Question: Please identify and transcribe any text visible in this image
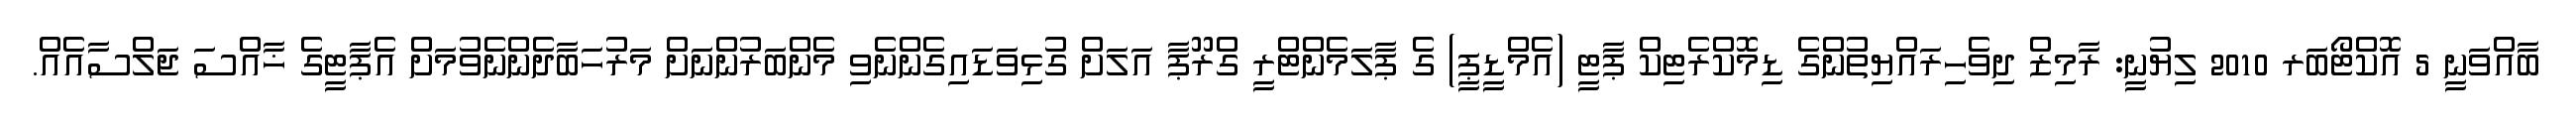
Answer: ބާއްވަނީ 5 އޮކްޓޯބަރ 2010 ލިޔުނީ: ރާމިޒް ދިވެހިރައްޔިތުންގެ ޑިމޮކްރެޓިކް ޕާޓީ (އެމްޑީޕީ) ގެ ޕާލަމެންޓްރީ ގްރޫޕާ އަލަށް ގުޅިވަޑައިގެންނެވި މެންބަރުންނަށް މަރުހަބާދެންނެވުމަށް އެޕާޓީގެ ޚާއްސަ ޖަލްސާއެއް.